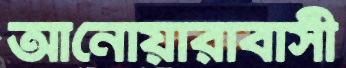
আনোয়ারাবাসী